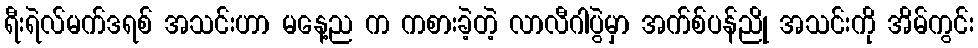
ရီးရဲလ်မက်ဒရစ် အသင်းဟာ မနေ့ည က ကစားခဲ့တဲ့ လာလီဂါပွဲမှာ အက်စ်ပန်ညို အသင်းကို အိမ်ကွင်း